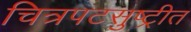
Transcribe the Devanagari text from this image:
चित्रपटसुष्ट्रीत